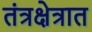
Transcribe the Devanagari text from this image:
तंत्रक्षेत्रात